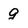
Character: g